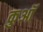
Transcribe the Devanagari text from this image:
कुआॅ